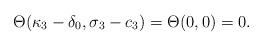
LaTeX: \begin{align*}\Theta(\kappa_{3}-\delta_{0},\sigma_{3}-c_{3})=\Theta(0,0)=0.\end{align*}